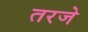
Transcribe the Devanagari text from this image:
तरजे